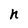
Character: n